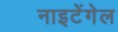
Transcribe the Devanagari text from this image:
नाइटेंगेल